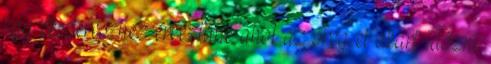
egy ékszerészhez érkeztünk ahol az öreg el akart időzni